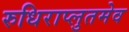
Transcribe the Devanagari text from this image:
रुधिराप्लुतमेव